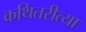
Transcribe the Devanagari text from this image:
कथितरीत्या